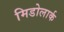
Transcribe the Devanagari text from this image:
मिडोलार्क